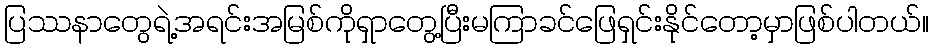
ပြဿနာတွေရဲ့အရင်းအမြစ်ကိုရှာတွေ့ပြီးမကြာခင်ဖြေရှင်းနိုင်တော့မှာဖြစ်ပါတယ်။